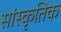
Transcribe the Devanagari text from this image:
सांस्‍कृतिक